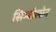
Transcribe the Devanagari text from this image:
सिम्बोलोन